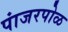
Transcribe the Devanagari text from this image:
पांजरपोळ